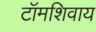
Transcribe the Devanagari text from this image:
टॉमशिवाय